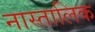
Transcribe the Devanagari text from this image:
नास्तालिक